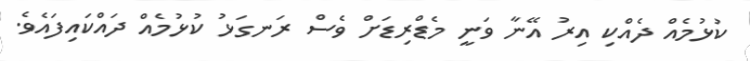
ކުޅުމެއް ދެއްކި އިރު އޭނާ ވަނީ މެޑްރިޑަށް ވެސް ރަނގަޅު ކުޅުމެއް ދައްކައިފައެވެ.